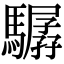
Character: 驏